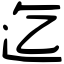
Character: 迄